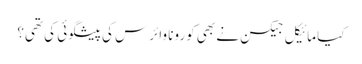
کیا مائیکل جیکسن نے بھی کورونا وائرس کی پیشگوئی کی تھی؟